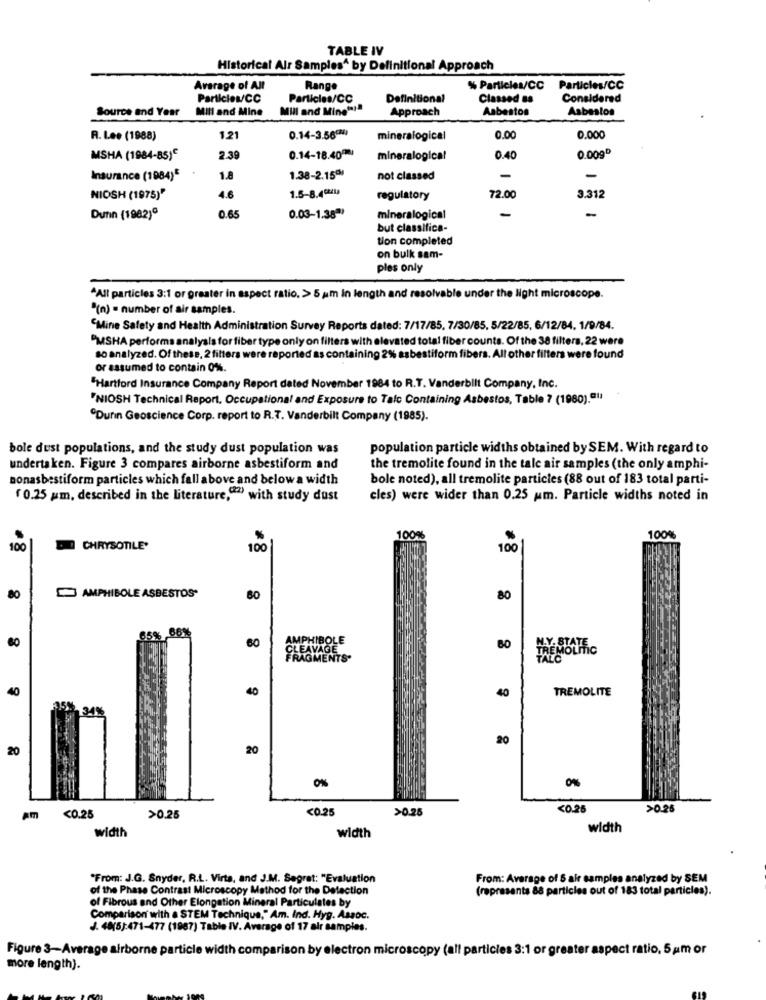
TABLE IV
Historical Alr Samples^ by Definitional Approach
Avarage of All
Range
% Particles/CC Particles/CC
Particles/CC
Particles/CC
Definitional
Classed 88
Considered
Source and Year
Mill and Mine
Mill and Mine" !!
Approach
Asbestos
Asbestos
R. Lee (1988)
1.21
0.14-3.564)
mineralogical
0.00
0.000
MSHA (1984-85)€
2.39
0.14-18.40)
mineralogical
0.40
0.009º
Insurance (1984)*
1.8
1.38-2.15℃
not classed
-
-
1.5-8.40241)
NIOSH (1975)"
4.6
regulatory
72.00
3.312
-
-
Dunn (1982)
0.65
0.03-1.38ª*
mineralogical
but classifica-
tion completed
on bulk sam-
ples only
"All particles 3:1 or greater in aspect ratio, > 5 am In length and resolvable under the light microscope.
"(n) = number of air samples.
"Mine Safety and Health Administration Survey Reports dated: 7/17/85, 7/30/85, 5/22/85, 6/12/84. 1/9/84.
"MSHA performs analysis for fiber type only on filters with elevated total fiber counts. Of the 38 filters, 22 were
so analyzed. Of these, 2 filters were reported as containing 2% asbestiform fibers. All other filters were found
or assumed to contain 0%.
"Hartford Insurance Company Report dated November 1984 to R.T. Vanderbilt Company, Inc.
"NIOSH Technical Report, Occupational and Exposure to Tale Containing Asbestos, Table 7 (1980).(1)
"Durin Geoscience Corp. report to R.T. Vanderbilt Company (1985).
bole dust populations, and the study dust population was
population particle widths obtained by SEM. With regard to
undertaken. Figure 3 compares airborne asbestiform and
the tremolite found in the tale air samples (the only amphi-
nonasbestiform particles which fall above and below a width
bole noted), all tremolite particles (88 out of 183 total parti-
( 0.25 um, described in the literature,"2) with study dust
cles) were wider than 0.25 um. Particle widths noted in
100%
100%%
100
CHRYSOTILE'
100
100
AMPHIBOLE ASBESTOS*
80
80
80
65% 66%
AMPHIBOLE
60
CLEAVAGE
80
FRAGMENTS'
40
40
TREMOLITE
40
14%
20
20
20
0%
0%
<0.25
>0.25
<0.25
>0.26
Am
<0.25
>0.25
width
width
width
"From: J.G. Snyder, R.L. Virta, and J.M. Segret: "Evaluation
From: Average of 5 air samples analyzed by SEM
of the Phase Contrast Microscopy Method for the Detection
(represents 88 particles out of 183 total particles).
of Fibrous and Other Elongation Mineral Particulates by
Comparison with a STEM Technique," Am. Ind. Hyg. Assoc.
J. 40(5):471-477 (1987) Table IV. Average of 17 air samples.
Figure 3-Average airborne particle width comparison by electron microscopy (all particles 3:1 or greater aspect ratio, 5 am or
more length).